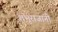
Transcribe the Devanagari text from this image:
शंभूराजांनी